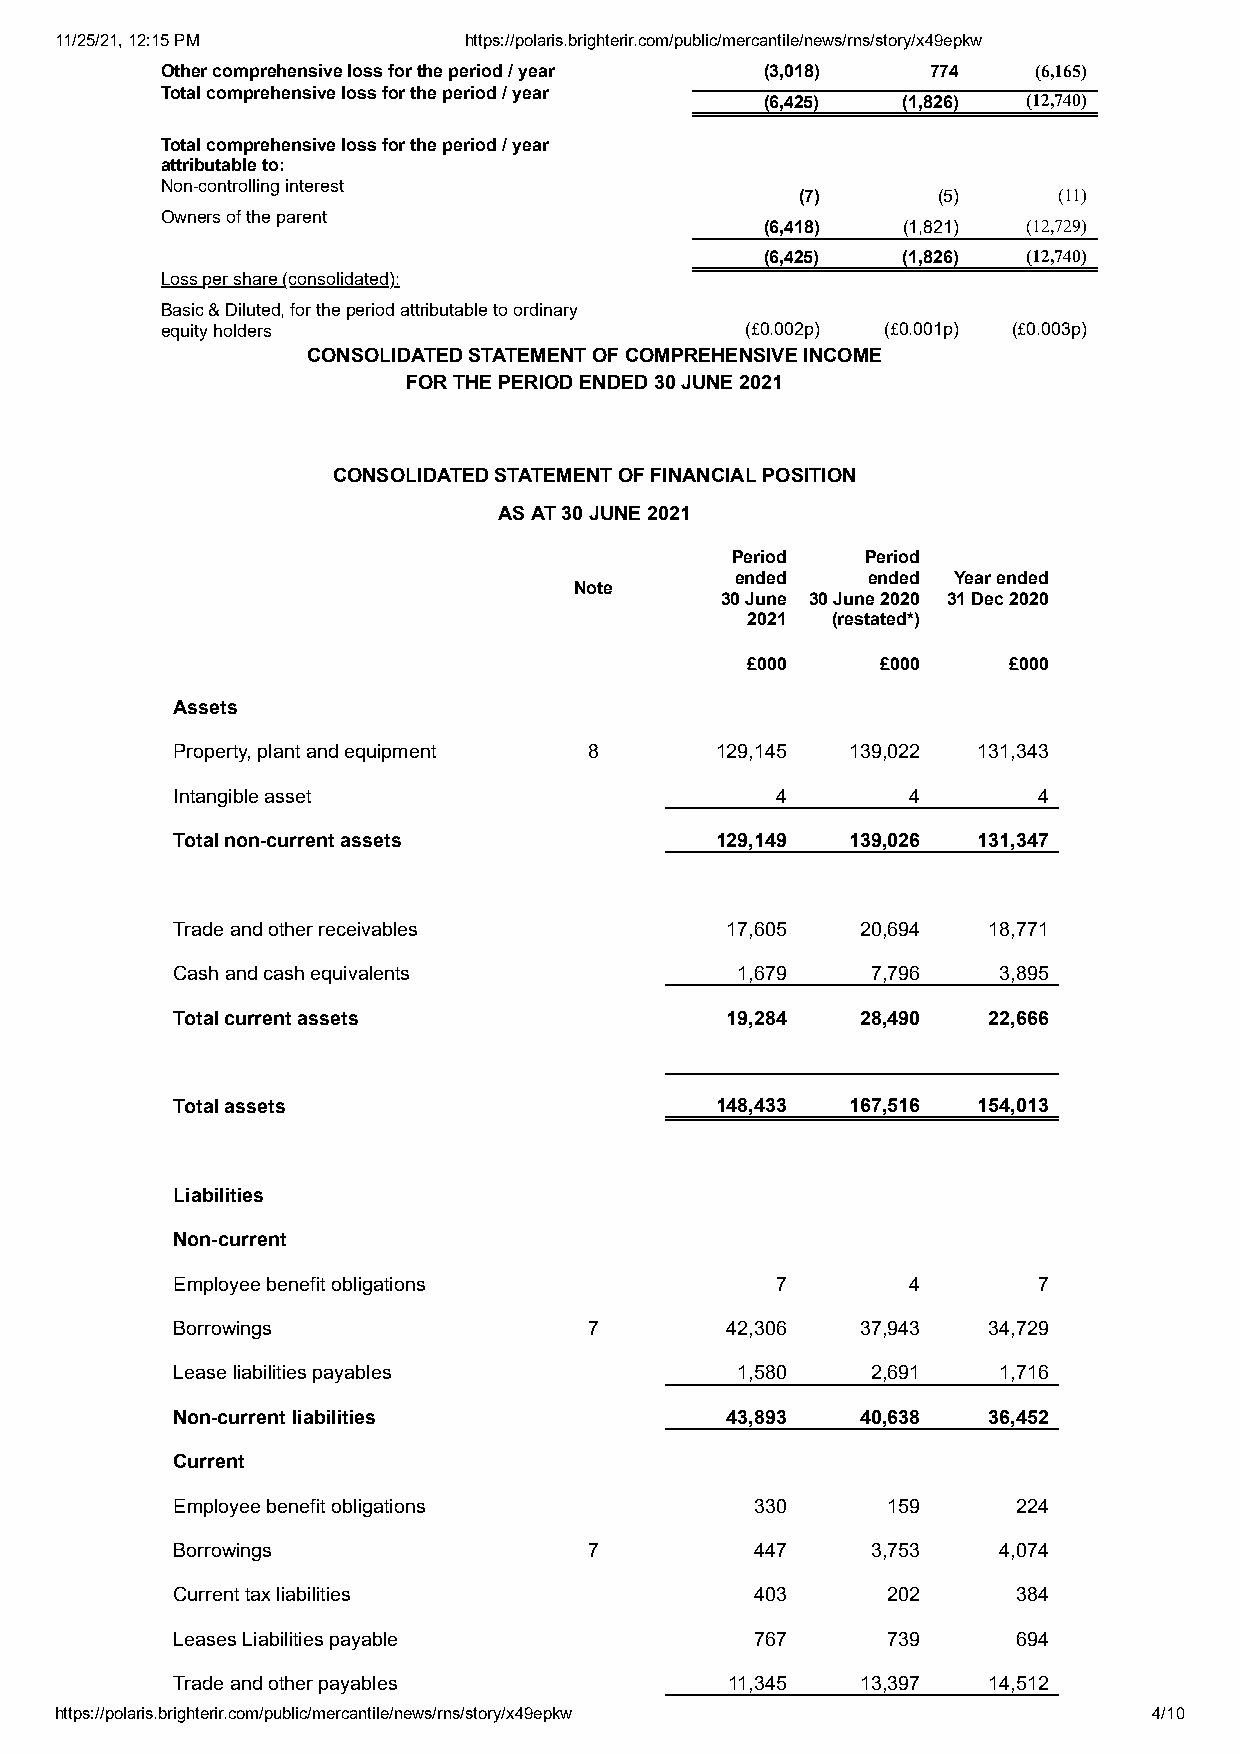
11/25/21, 12:15 PM         https://polaris.brighterir.com/public/mercantile/news/rns/story/x49epkw
 Other comprehensive loss for the period / year (3,018) 774 (6,165)
 Total comprehensive loss for the period / year
 (6,425)  (1,826) (12,740)
 Total comprehensive loss for the period / year
 attributable to:
 Non-controlling interest
 (7)      (5)     (11)
 Owners of the parent
 (6,418)  (1,821) (12,729)
 (6,425)  (1,826) (12,740)
 Loss per share (consolidated):
 Basic & Diluted, for the period attributable to ordinary
 equity holders                        (£0.002p) (£0.001p) (£0.003p)
 CONSOLIDATED STATEMENT OF COMPREHENSIVE INCOME
 FOR THE PERIOD ENDED 30 JUNE 2021
 CONSOLIDATED STATEMENT OF FINANCIAL POSITION
 AS AT 30 JUNE 2021
 Period   Period
 ended   ended Year ended
 Note
 30 June 30 June 2020 31 Dec 2020
 2021  (restated*)
 £000     £000     £000
 Assets
 Property, plant and equipment 8     129,145  139,022  131,343
 Intangible asset                        4        4        4
 Total non-current assets            129,149  139,026  131,347
 Trade and other receivables          17,605   20,694  18,771
 Cash and cash equivalents             1,679    7,796   3,895
 Total current assets                 19,284   28,490  22,666
 Total assets                        148,433  167,516  154,013
 Liabilities
 Non-current
 Employee benefit obligations            7        4        7
 Borrowings                  7        42,306   37,943  34,729
 Lease liabilities payables            1,580    2,691   1,716
 Non-current liabilities              43,893   40,638  36,452
 Current
 Employee benefit obligations           330      159     224
 Borrowings                  7          447     3,753   4,074
 Current tax liabilities                403      202     384
 Leases Liabilities payable             767      739     694
 Trade and other payables             11,345   13,397  14,512
 https://polaris.brighterir.com/public/mercantile/news/rns/story/x49epkw 4/10